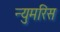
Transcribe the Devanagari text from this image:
न्युमरिस